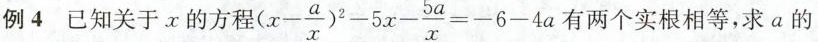
例4已知关于。x的方程(x- \frac{a}{x})^{2}-5x- \frac{5a}{x}=-6-4a 有两个实根相等，求a的